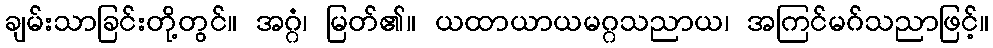
ချမ်းသာခြင်းတို့တွင်။ အဂ္ဂံ၊ မြတ်၏။ ယထာယာယမဂ္ဂသညာယ၊ အကြင်မဂ်သညာဖြင့်။